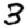
Digit: 3